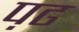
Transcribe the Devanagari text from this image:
प़ढ